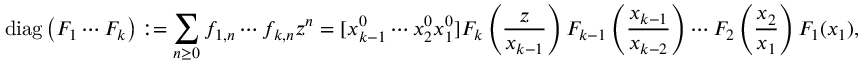
\operatorname { d i a g } \left( F _ { 1 } \cdots F _ { k } \right) : = \sum _ { n \geq 0 } f _ { 1 , n } \cdots f _ { k , n } z ^ { n } = [ x _ { k - 1 } ^ { 0 } \cdots x _ { 2 } ^ { 0 } x _ { 1 } ^ { 0 } ] F _ { k } \left( { \frac { z } { x _ { k - 1 } } } \right) F _ { k - 1 } \left( { \frac { x _ { k - 1 } } { x _ { k - 2 } } } \right) \cdots F _ { 2 } \left( { \frac { x _ { 2 } } { x _ { 1 } } } \right) F _ { 1 } ( x _ { 1 } ) ,